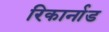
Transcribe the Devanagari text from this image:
रिकार्नाड